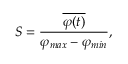
S = \frac { \overline { { \varphi ( t ) } } } { \varphi _ { m a x } - \varphi _ { m i n } } ,